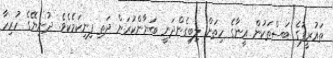
ތައުރީފުގެ ބަސްތަކުން އީނާގެ ހިތަށް ލިބިގެންދަނީ ބަޔާންކުރަން ދަތި ފިނިކަމެކެވެ. ދުނިޔޭގެ ހުރިހާ